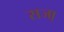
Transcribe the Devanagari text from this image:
सजा़